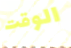
الوقت